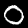
Label: 0